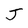
Character: J